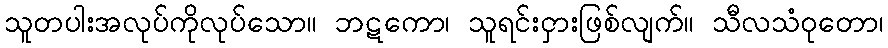
သူတပါးအလုပ်ကိုလုပ်သော။ ဘဋကော၊ သူရင်းငှားဖြစ်လျက်။ သီလသံဝုတော၊